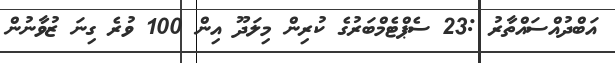
އަބްދުއްސައްތާރު :23 ސެޕްޓެމްބަރުގެ ކުރިން މިލަދޫ އިން 100 ވުރެ ގިނަ ޒުވާނުން